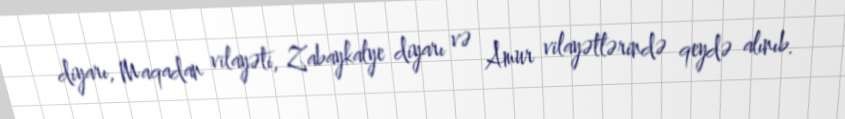
diyarı, Maqadan vilayəti, Zabaykalye diyarı və Amur vilayətlərində qeydə alınıb.